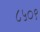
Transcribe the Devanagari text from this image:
८५०९